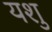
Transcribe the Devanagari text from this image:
यशु